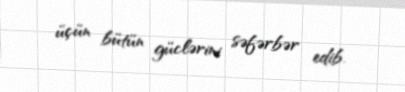
üçün bütün güclərini səfərbər edib.